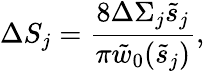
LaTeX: \Delta S_{j}=\frac{8\Delta\Sigma_{j}\tilde{s}_{j}}{\pi\tilde{w}_{0}(\tilde{s}_{j})},